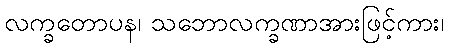
လက္ခတောပန၊ သဘောလက္ခဏာအားဖြင့်ကား၊